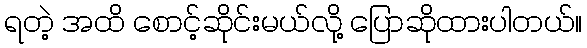
ရတဲ့ အထိ စောင့်ဆိုင်းမယ်လို့ ပြောဆိုထားပါတယ်။